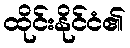
ထိုင်းနိုင်ငံ၏